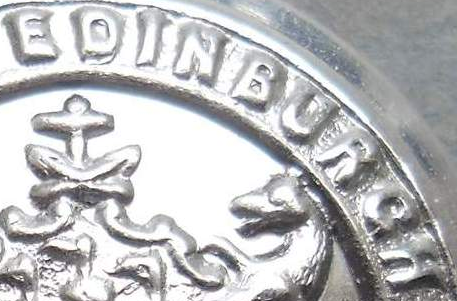
EDINBURGH